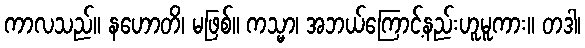
ကာလသည်။ နဟောတိ၊ မဖြစ်။ ကသ္မာ၊ အဘယ်ကြောင့်နည်းဟူမူကား။ တဒါ၊